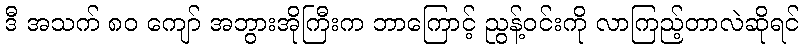
ဒီ အသက် ၈၀ ကျော် အဘွားအိုကြီးက ဘာကြောင့် ညွန့်ဝင်းကို လာကြည့်တာလဲဆိုရင်